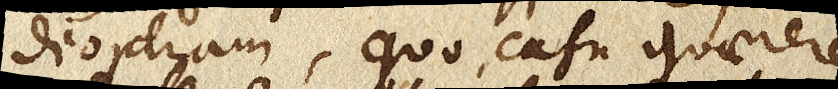
dioptram, quo casu quaerere